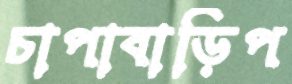
চাপাবাড়িপ